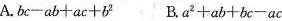
A.$$b c - a b + a c + b ^ { 2 }$$ B.$$a ^ { 2